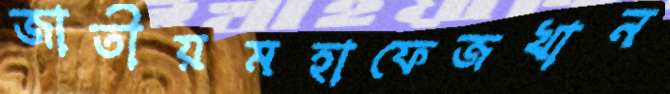
জাতীয়মহাফেজখান